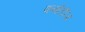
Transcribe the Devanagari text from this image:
फर्नाडीज